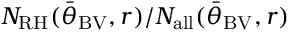
N _ { \mathrm { R H } } ( { \bar { \theta } } _ { \mathrm { B V } } , r ) / N _ { \mathrm { a l l } } ( { \bar { \theta } } _ { \mathrm { B V } } , r )